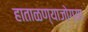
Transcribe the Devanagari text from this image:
हाताळण्याजोग्या